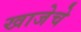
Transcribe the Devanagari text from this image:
खाजेचे